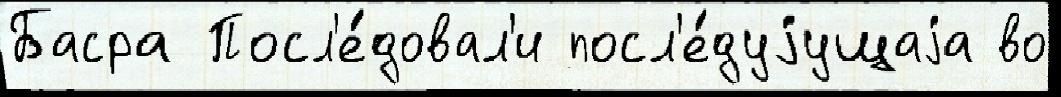
Басра Посл'е́довал'и посл'е́дуjущаjа во